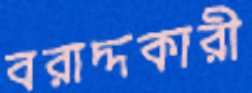
বরাদ্দকারী